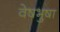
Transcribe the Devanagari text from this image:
वेषभुषा